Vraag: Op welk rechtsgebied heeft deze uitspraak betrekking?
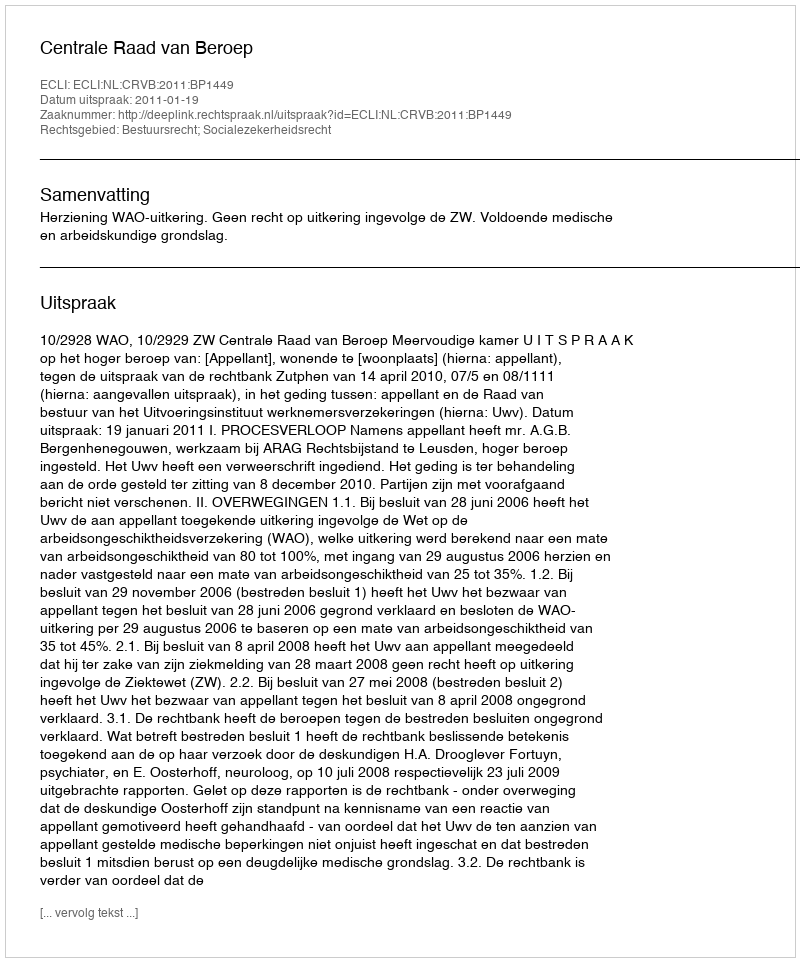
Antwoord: Bestuursrecht; Socialezekerheidsrecht